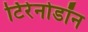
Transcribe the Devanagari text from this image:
टिरेनोडॉन